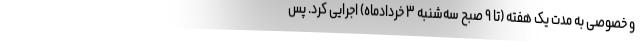
و خصوصی به مدت یک هفته (تا ۹ صبح سه‌شنبه ۳ خردادماه) اجرایی کرد. پس